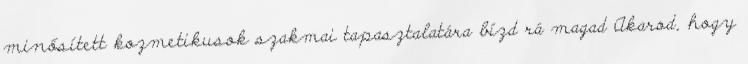
minősített kozmetikusok szakmai tapasztalatára bízd rá magad Akarod, hogy